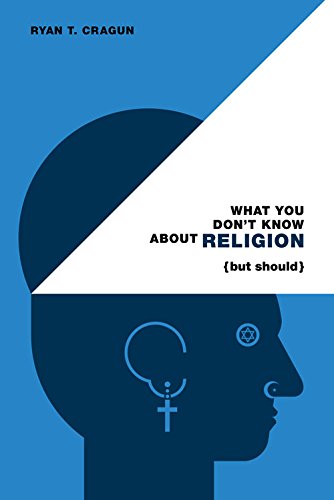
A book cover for What You Don't Know About Religion (but Should); Ryan T. Cragun; Religion & Spirituality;